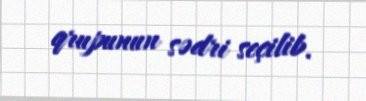
qrupunun sədri seçilib.